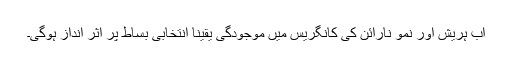
اب ہریش اور نمو نارائن کی کانگریس میں موجودگی یقیناً انتخابی بساط پر اثر انداز ہوگی۔